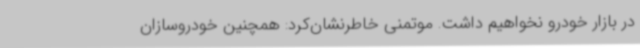
در بازار خودرو نخواهیم داشت. موتمنی خاطرنشان‌کرد: همچنین خودروسازان